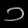
Digit: ၁